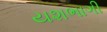
યશભાગી